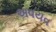
અવયવ